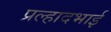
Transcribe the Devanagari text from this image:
प्रल्हादभाई